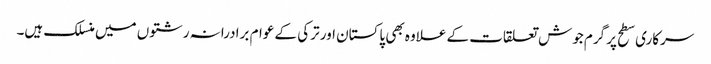
سرکاری سطح پر گرم جوش تعلقات کے علاوہ بھی پاکستان اور ترکی کے عوام برادرانہ رشتوں میں منسلک ہیں۔